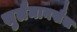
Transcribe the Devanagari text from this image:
सुलैमानखैल